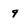
Character: 9